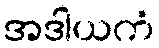
အဒါယကံ